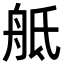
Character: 𦨢